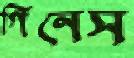
গিনেস